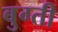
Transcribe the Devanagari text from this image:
बुग्ती